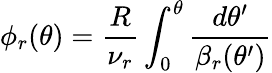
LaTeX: \phi_{r}(\theta)=\frac{R}{\nu_{r}}\int_{0}^{\theta}\frac{d\theta^{\prime}}{\beta_{r}(\theta^{\prime})}